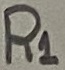
Text: R1